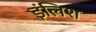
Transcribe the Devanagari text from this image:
इंलिश